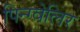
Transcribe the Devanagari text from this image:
पिन्ग्वेलिर